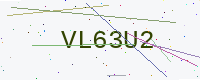
Text: VL63U2